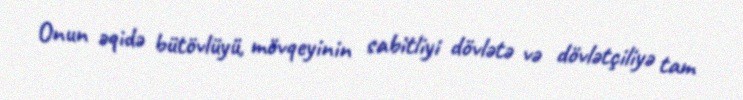
Onun əqidə bütövlüyü, mövqeyinin sabitliyi dövlətə və dövlətçiliyə tam